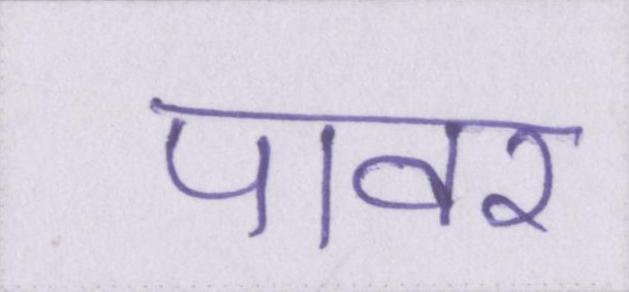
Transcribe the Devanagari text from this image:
पावर